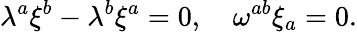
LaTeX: \lambda^{a}\xi^{b}-\lambda^{b}\xi^{a}=0,\quad\omega^{ab}\xi_{a}=0.